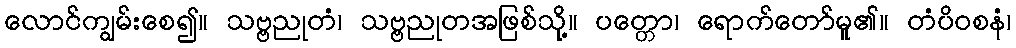
လောင်ကျွမ်းစေ၍။ သဗ္ဗညုတံ၊ သဗ္ဗညုတအဖြစ်သို့။ ပတ္တော၊ ရောက်တော်မူ၏။ တံပိဝစနံ၊